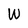
Character: W